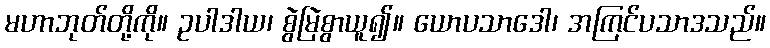
မဟာဘုတ်တို့ကို။ ဥပါဒါယ၊ စွဲမြဲစွာယူ၍။ ယောပသာဒေါ၊ အကြင်ပသာဒသည်။